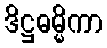
ဒိဋ္ဌဓမ္မိကာ